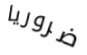
ضروريا